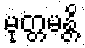
မုတ္တမန္တိ